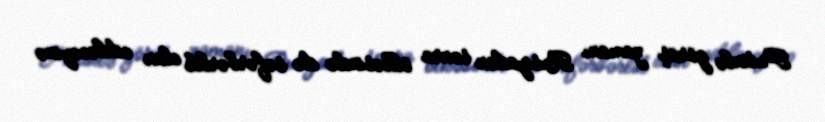
Putinlə görüş zamanı Rusiyadan sonra ölkəsində də səfərbərlik elan ediləcəyinə